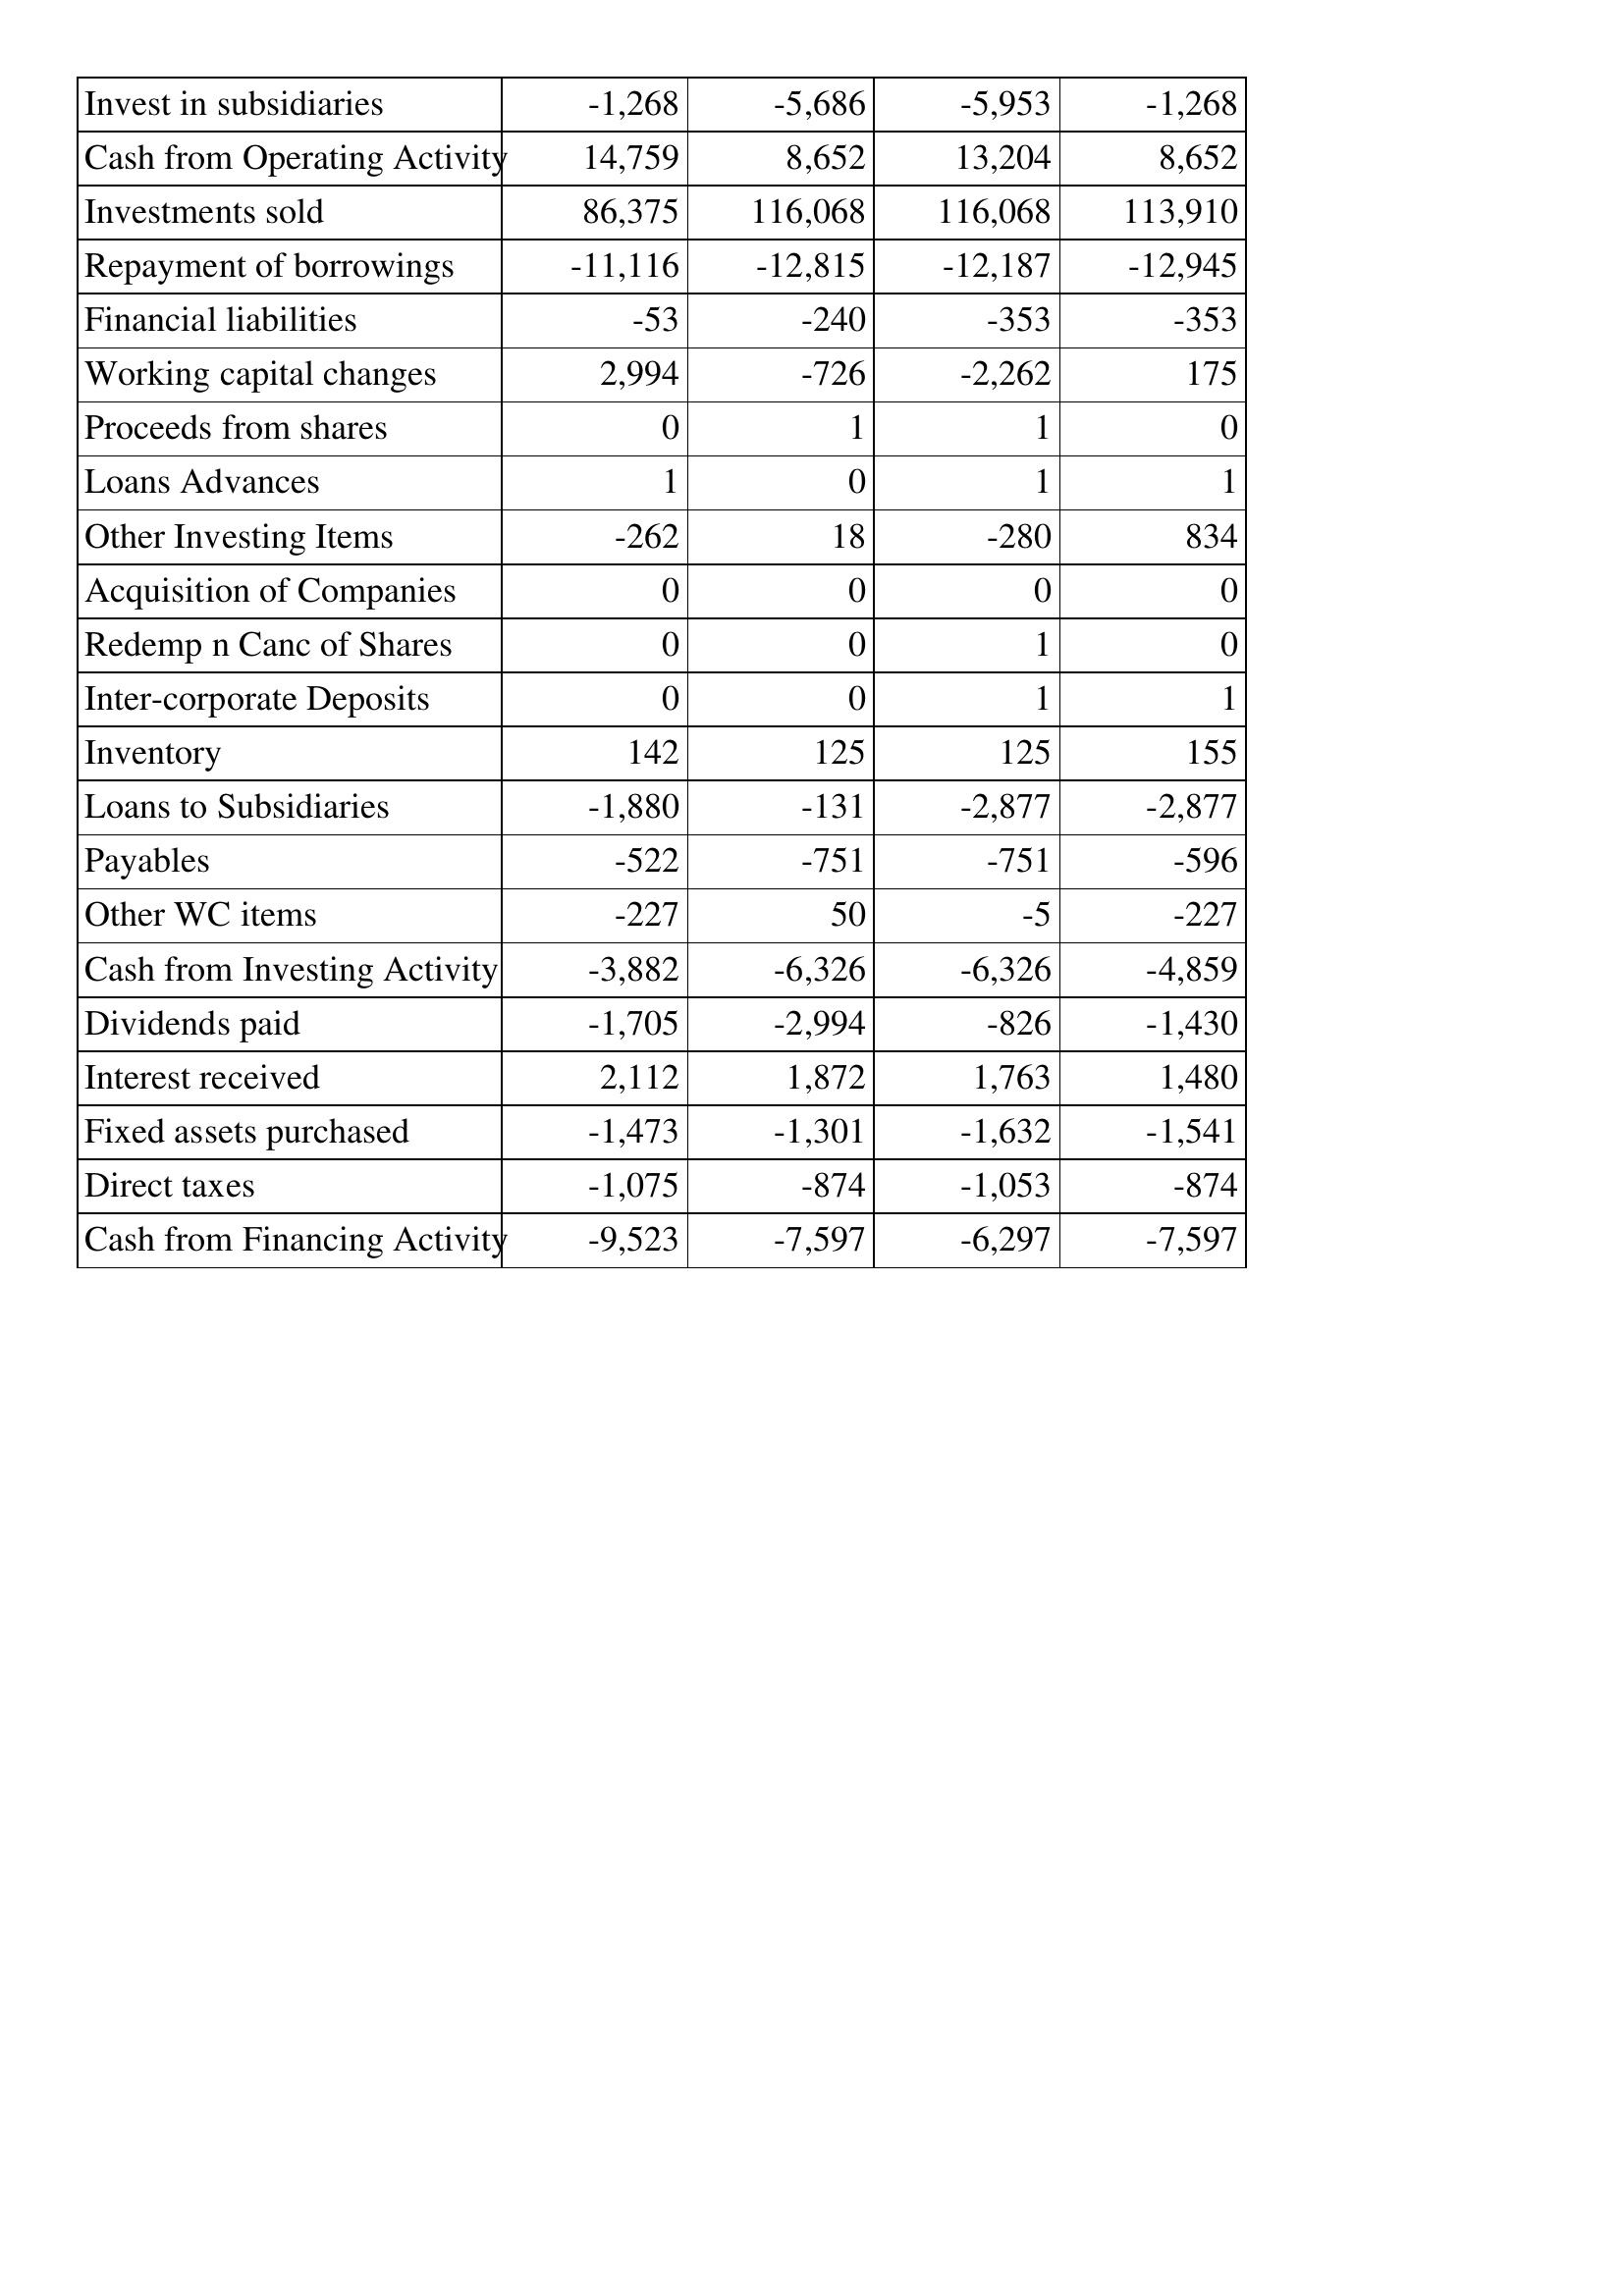
Apr-09: Cash Flows: Invest in subsidiaries: -1,268
Cash from Operating Activity: 14,759
Investments sold: 86,375
Repayment of borrowings: -11,116
Financial liabilities: -53
Working capital changes: 2,994
Proceeds from shares: 0
Loans Advances: 1
Other Investing Items: -262
Acquisition of Companies: 0
Redemp n Canc of Shares: 0
Inter-corporate Deposits: 0
Inventory: 142
Loans to Subsidiaries: -1,880
Payables: -522
Other WC items: -227
Cash from Investing Activity: -3,882
Dividends paid: -1,705
Interest received: 2,112
Fixed assets purchased: -1,473
Direct taxes: -1,075
Cash from Financing Activity: -9,523
Apr-08: Cash Flows: Invest in subsidiaries: -5,686
Cash from Operating Activity: 8,652
Investments sold: 116,068
Repayment of borrowings: -12,815
Financial liabilities: -240
Working capital changes: -726
Proceeds from shares: 1
Loans Advances: 0
Other Investing Items: 18
Acquisition of Companies: 0
Redemp n Canc of Shares: 0
Inter-corporate Deposits: 0
Inventory: 125
Loans to Subsidiaries: -131
Payables: -751
Other WC items: 50
Cash from Investing Activity: -6,326
Dividends paid: -2,994
Interest received: 1,872
Fixed assets purchased: -1,301
Direct taxes: -874
Cash from Financing Activity: -7,597
Apr-07: Cash Flows: Invest in subsidiaries: -5,953
Cash from Operating Activity: 13,204
Investments sold: 116,068
Repayment of borrowings: -12,187
Financial liabilities: -353
Working capital changes: -2,262
Proceeds from shares: 1
Loans Advances: 1
Other Investing Items: -280
Acquisition of Companies: 0
Redemp n Canc of Shares: 1
Inter-corporate Deposits: 1
Inventory: 125
Loans to Subsidiaries: -2,877
Payables: -751
Other WC items: -5
Cash from Investing Activity: -6,326
Dividends paid: -826
Interest received: 1,763
Fixed assets purchased: -1,632
Direct taxes: -1,053
Cash from Financing Activity: -6,297
Apr-06: Cash Flows: Invest in subsidiaries: -1,268
Cash from Operating Activity: 8,652
Investments sold: 113,910
Repayment of borrowings: -12,945
Financial liabilities: -353
Working capital changes: 175
Proceeds from shares: 0
Loans Advances: 1
Other Investing Items: 834
Acquisition of Companies: 0
Redemp n Canc of Shares: 0
Inter-corporate Deposits: 1
Inventory: 155
Loans to Subsidiaries: -2,877
Payables: -596
Other WC items: -227
Cash from Investing Activity: -4,859
Dividends paid: -1,430
Interest received: 1,480
Fixed assets purchased: -1,541
Direct taxes: -874
Cash from Financing Activity: -7,597